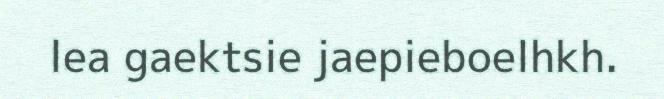
lea gaektsie jaepieboelhkh.